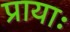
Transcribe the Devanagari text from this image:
प्रायाः